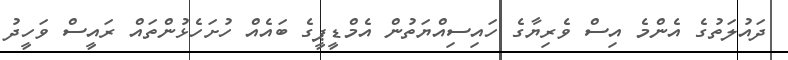
ދައުލަތުގެ އެންމެ އިސް ވެރިޔާގެ ހައިސިއްޔަތުން އެމްޑީޕީގެ ބައެއް ހުށަހެޅުންތައް ރައީސް ވަހީދު